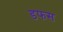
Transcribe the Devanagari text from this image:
डफस